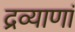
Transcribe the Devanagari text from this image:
द्रव्याणां